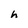
Character: h